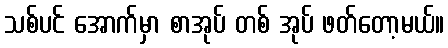
သစ်ပင် အောက်မှာ စာအုပ် တစ် အုပ် ဖတ်တော့မယ်။